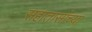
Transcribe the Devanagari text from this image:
सहातासांच्या